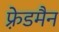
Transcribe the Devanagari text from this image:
फ़्रेडमैन